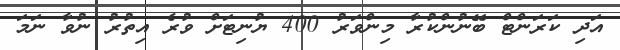
އަދި ކަރަންޓް ބޭނުންކުރާ މިންވަރު 400 ޔުނިޓަށް ވުރެ އިތުރު ނުވާ ނަމަ